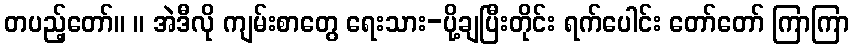
တပည့်တော်။ ။ အဲဒီလို ကျမ်းစာတွေ ရေးသား-ပို့ချပြီးတိုင်း ရက်ပေါင်း တော်တော် ကြာကြာ